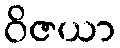
ဝိဇယာ